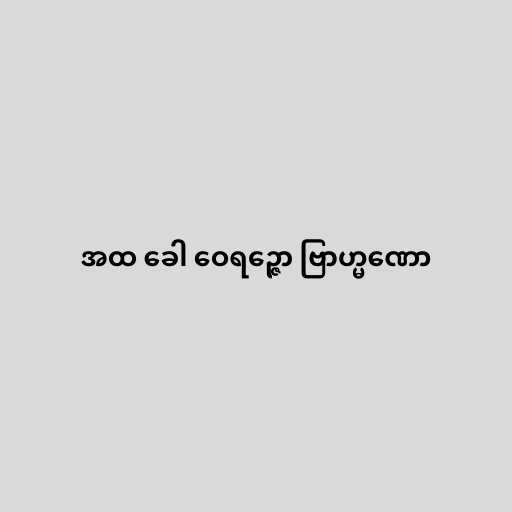
အထ ခေါ ဝေရဉ္ဇော ဗြာဟ္မဏော